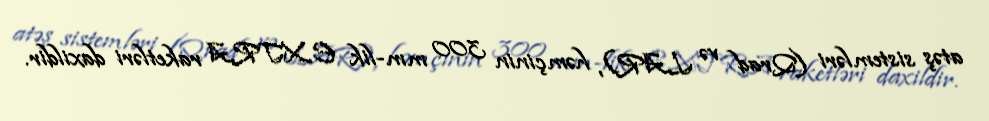
atəş sistemləri (Qrad və LAR), həmçinin 300 mm-lik EXTRA raketləri daxildir.